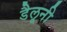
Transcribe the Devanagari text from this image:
डैलूनी